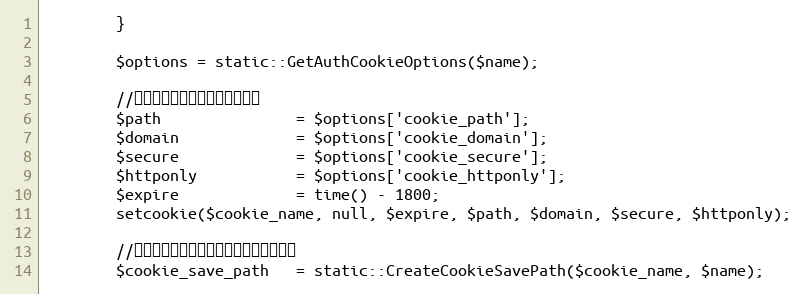
Language: PHP
		}

		$options = static::GetAuthCookieOptions($name);

		//クライアント側クッキーの削除
		$path				= $options['cookie_path'];
		$domain				= $options['cookie_domain'];
		$secure				= $options['cookie_secure'];
		$httponly			= $options['cookie_httponly'];
		$expire				= time() - 1800;
		setcookie($cookie_name, null, $expire, $path, $domain, $secure, $httponly);

		//クッキー認証セッションファイルの削除
		$cookie_save_path	= static::CreateCookieSavePath($cookie_name, $name);